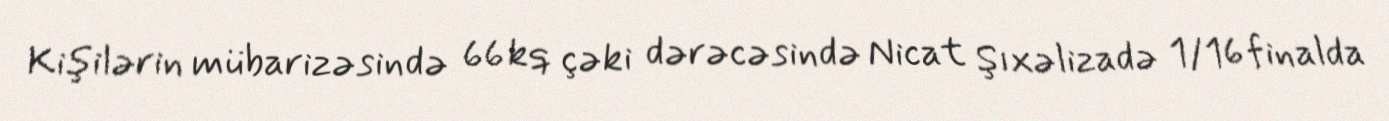
Kişilərin mübarizəsində 66 kq çəki dərəcəsində Nicat Şıxəlizadə 1/16 finalda